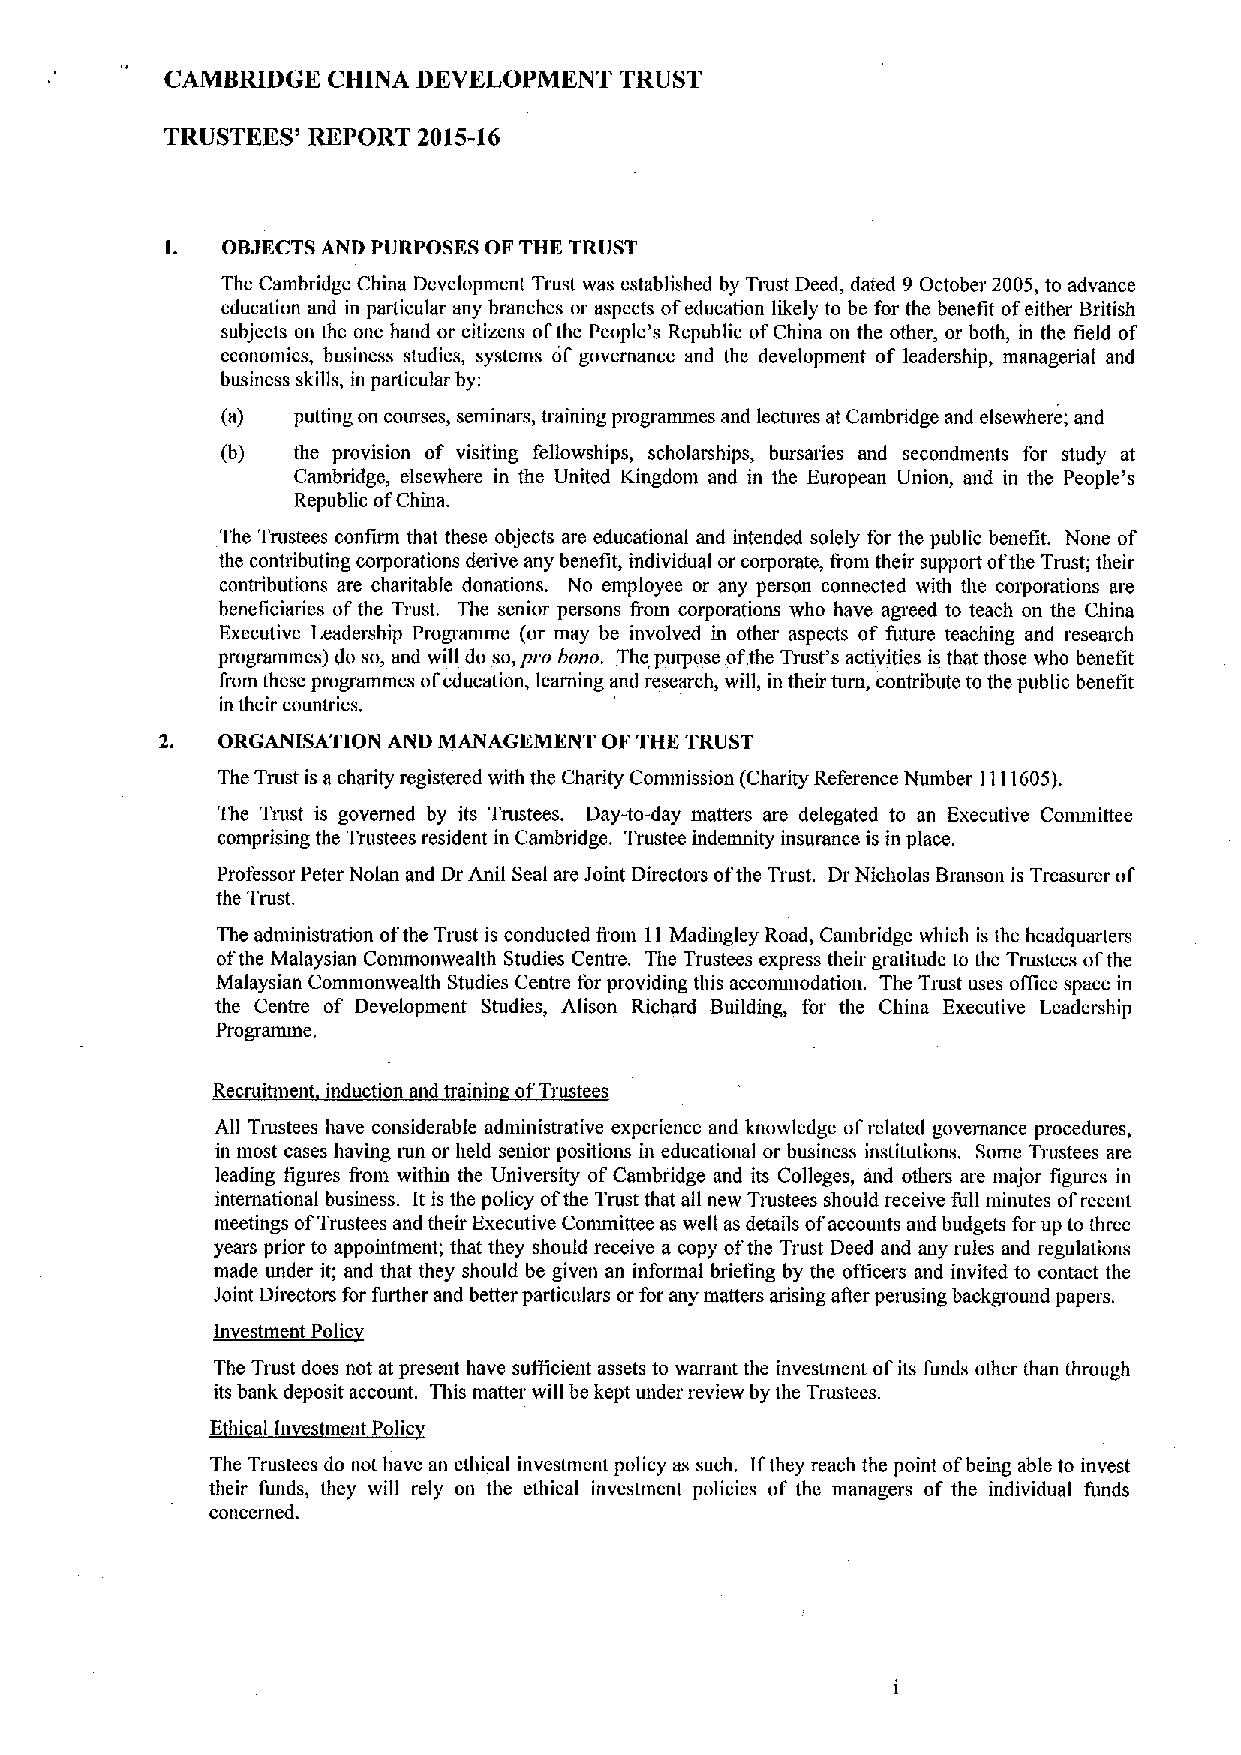
CAMBRIDGE  CHINA DEVELOPMENT  TRUST
 TRUSTKKS' REPORT 2015-16
 I.  OBJECTS AND PURPOSES OF THK TRUST
 The Cambridge China Development Trust was established by Tmst Deed, dated 9 October 2005, to advance
 education and in particular any branches or aspects ofeducation likely to be for the benefit ofeither British
 subjects on the one hand or citizens ofthe People's Republic ofChina on the other, or both, in the field of
 economics, business studies, systems of governance and the development of leadership, managerial and
 business skills, in particular by:
 (a) putting on courses, seminars, training programmes and lectures at Cambridge and elsewhere; and
 (b) the provision of visiting fellowships, scholarships, bursaries and secondments for study at
 Cambridge, elsewhere in the United Kingdom and in the European Union, and in the People' s
 Republic ofChina.
 The Trustees confirm that these objects are educational and intended solely for the public benefit. None of
 the contributing cotporations derive any benefit, individual or corporate, from their support ofthe Trust; their
 contributions are charitable donations. No employee or any person connected with the corporations are
 beneficiaries ofthe Trust. The senior persons from corporations who have agreed to teach on the China
 Executive Leadership Programme (or may be involved in other aspects of future teaching and msearch
 progranunes) do so, and will do so,pro bono. The purpose ofthe Trust's activities is that those who benefit
 &om these programmes ofeducation, learning and research, will, in their turn, contribute to the public benefit
 in their countries.
 ORGANISATION AND MANAGEMENT OF THE TRUST
 The Trust is acharity registered with the Charity Commission (Charity Reference Number 1111605).
 The Trttst is governed by its Trustees. Day-to-day matters are delegated to an Executive Committee
 comprising the Trustees resident in Cambridge. Trustee indemnity insurance is in place.
 Professor Peter Nolan and Dr Anil Seal are Joint Directors ofthe Trust. Dr Nicholas Branson is Treasurer of
 the Trust.
 The administration ofthe Trust is conducted from 11Madingley Road, Cambridge which is the headquarters
 ofthe Malaysian Commonwealth Studies Centre. The Trustees express their gratitude to the Trustees ofthe
 Malaysian Commonwealth Studies Centre for providing this acconunodation. The Trust uses ofiice space in
 the Centre of Development Studies, Alison Richard Building, for the China Executive Leadership
 Progrannne.
 Recruinnent induction and trainin ofTrustees
 Alf Trustees have considerable administrative experience and knowledge ofrelated governance procedures,
 in most cases having run or held senior positions in educational or business institutions. Some Trustees are
 leading figures from within the University ofCambridge and its Colleges, and others are major figures in
 international business. It is the policy ofthe Trust that all new Trustees should receive full minutes ofrecent
 meetings ofTrustees and their Executive Committee as welf as details ofaccounts and budgets for up to three
 years prior to appointment; that they should receive a copy ofthe Trust Deed and any rules and regulations
 made under it; and that they should be given an informal briefing by the officers and invited to contact the
 IJoin~t DiPrectoIrs for further and better particulars or for any matters arising afier perusing background papers.
 i
 The Trust does not at present have suffiicient assets to warrant the investment ofits funds other than through
 its bank deposit account. This matter will be kept under review by the Trustees.
 Ehi el ln mentPolic
 The Trustees do not have an ethical investment policy as such. Ifthey reach the point ofbeing able to invest
 their funds, they will rely on the ethical investment policies of the managers of the individual funds
 concerned.